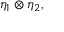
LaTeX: \eta _ { 1 } \otimes \eta _ { 2 } ,